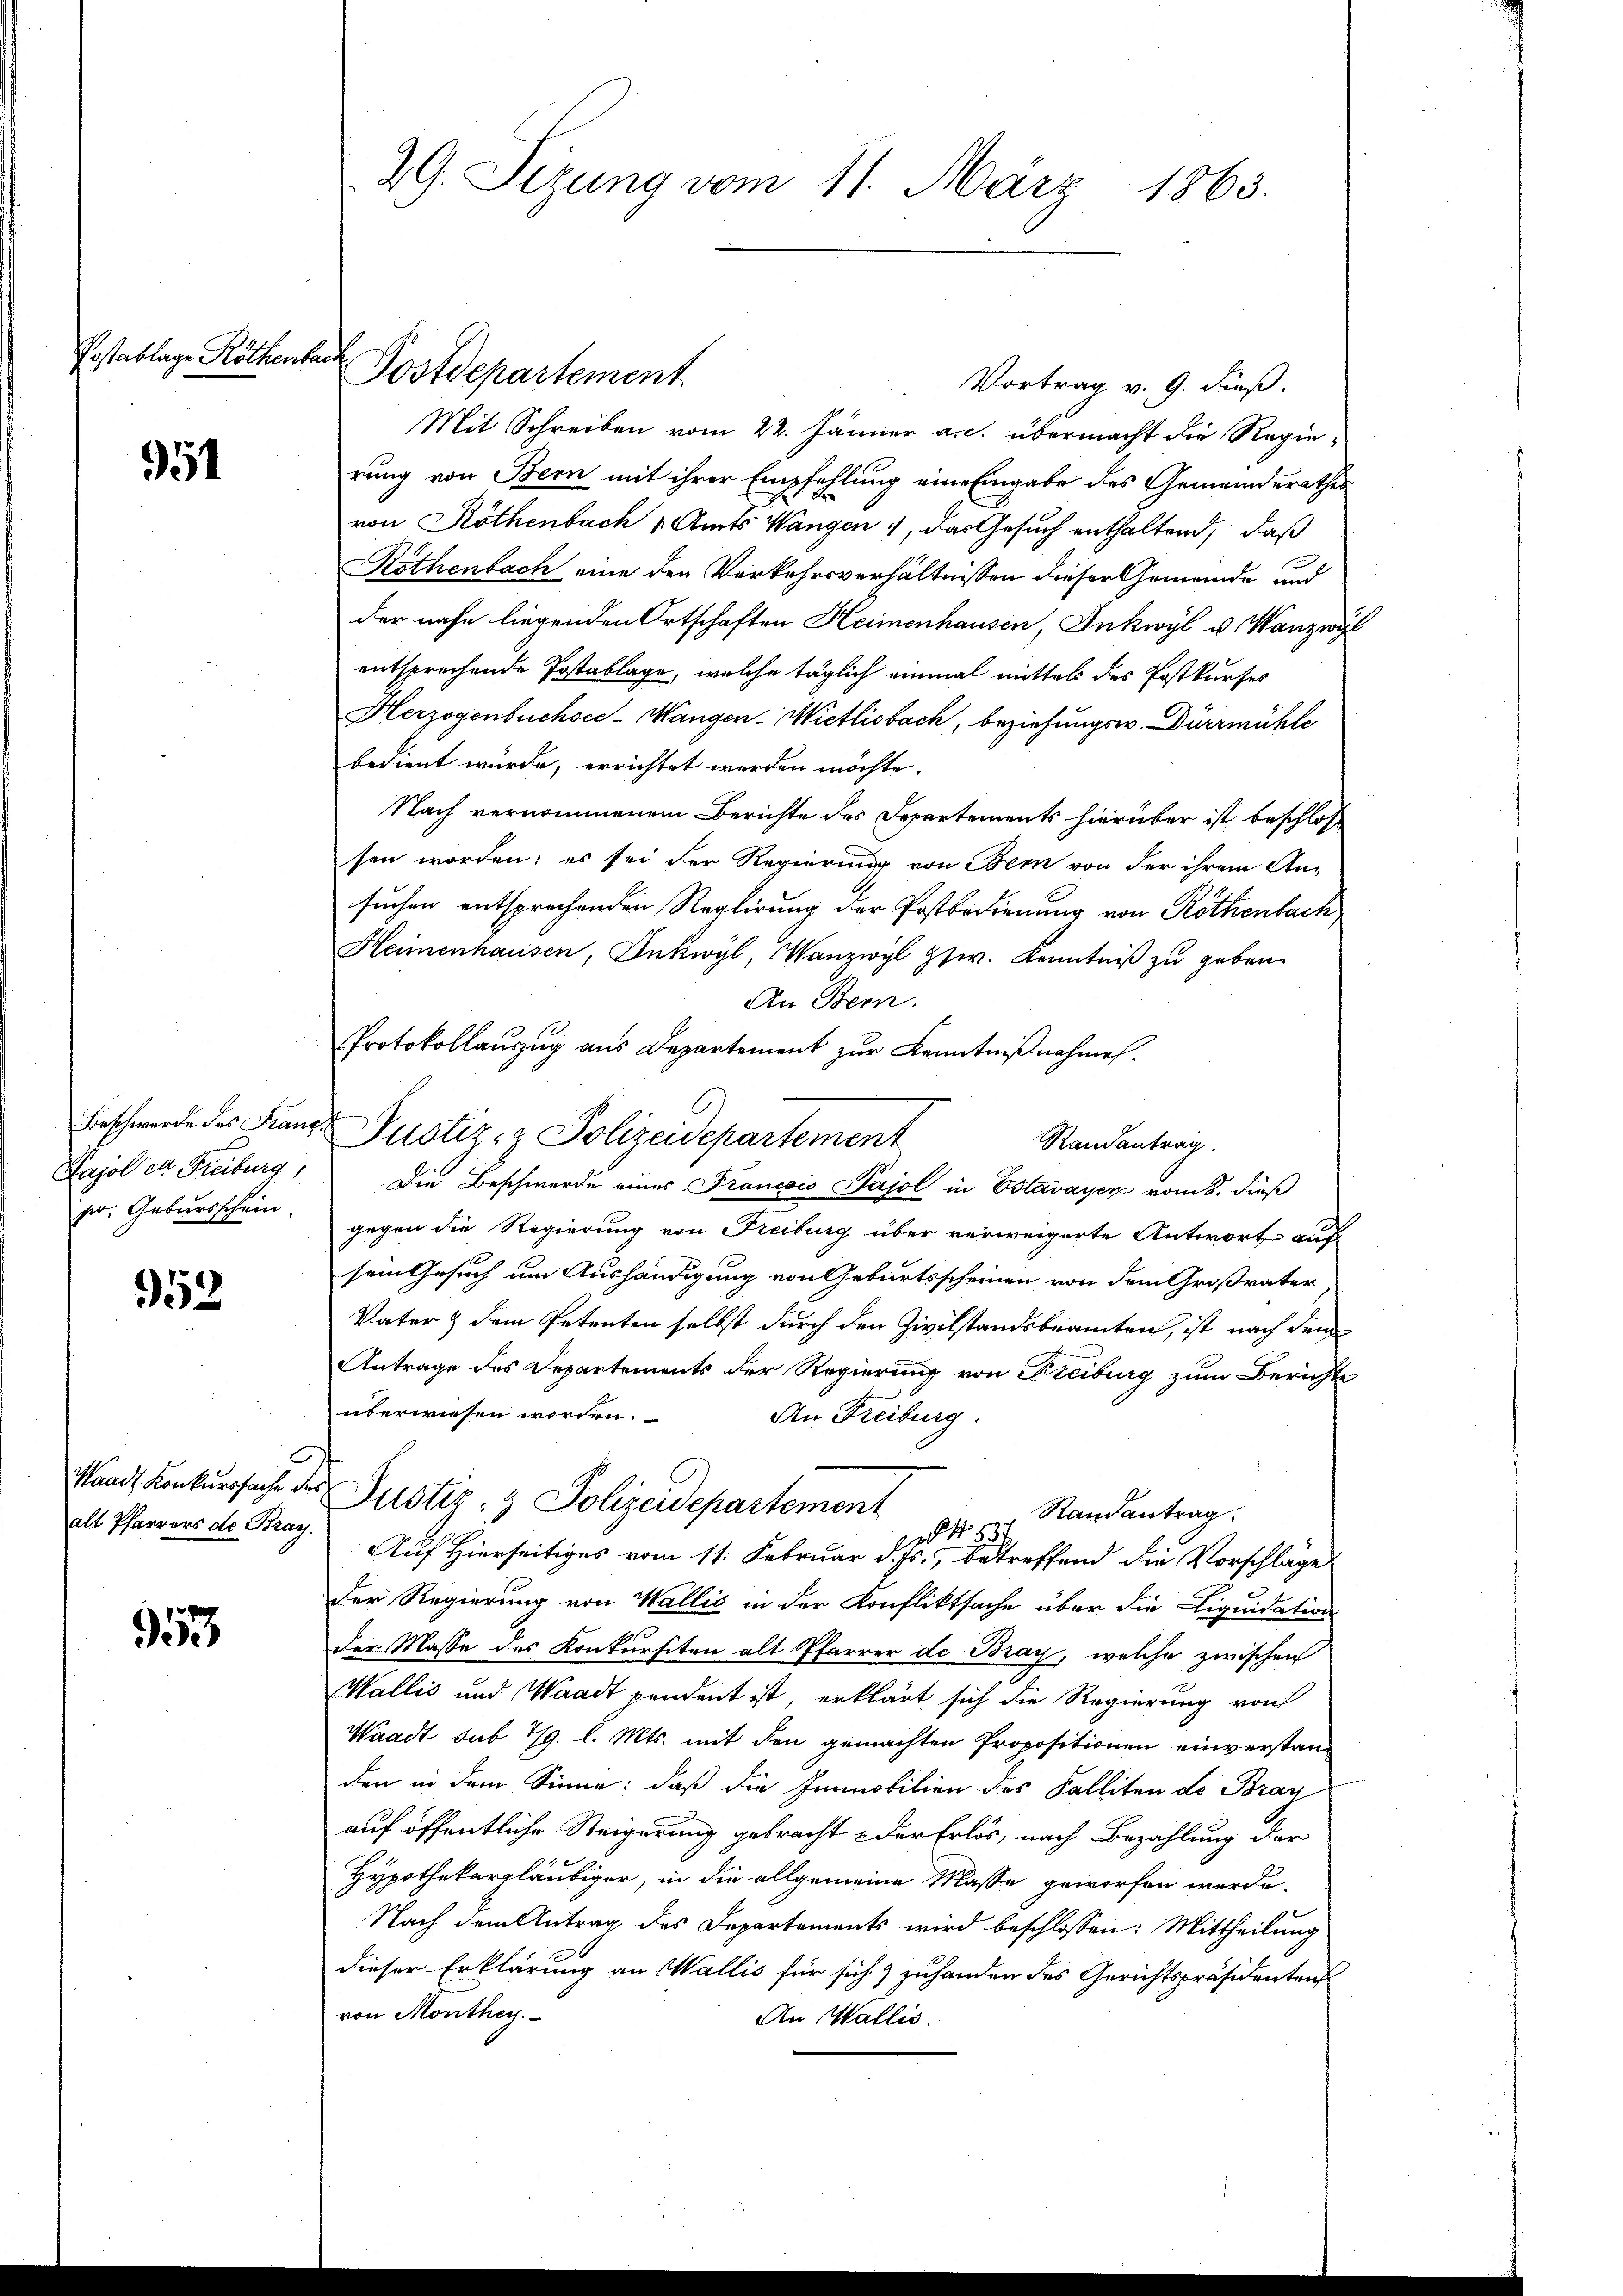
Postablage Röthenbach

951

952

Waadt Konkurssache der
alt Pfarrers de Bray.

353

Beschwerde des Franz¬
Pajol et Freiburg,
per, Gebursschein

Postdepartement
Vortrag v. 9. dieß.
Mit Schreiben vom 22. Jänner a. c. übermacht die Regierung von Bern mit ihrer Empfehlung eine Eingabe des Gemeinderathes
von Röthenbach Amts Wangen, das Gesuch enthaltend, daß
Röthenbach eine den Vorkehrsverhältnissen dieser Gemeinde und
der nahe liegenden Ortschaften Heimenhausen, Inkwyl u. Wanzwyl
entsprechende Postablage, welche täglich einmal mittels des Postkurses
Herzogenbüchsee-Mangen-Wietlisbach, beziehungsw. Dürrmühle
bedient wurde, errichtet werden möchte.
Nach vernommenem Berichte des Separtements hierüber ist beschlos
sen worden; es sei der Regierung von Bern von der ihrem An-
suchen entsprochenden Reglirung der Postbedienung von Röthenbach
Heimenhausen, Inkwyl, Wanzwyl zsw. Kenntniß zu geben.
An Bern.
Protokollauszug aus Departement zur Kenntnißnahmen.
Randantrag.
Die Beschwerde eines Francois Pajol in Ostavayer vom 8. Fuß
gegen die Regierung von Freiburg über verweigerte Antwort auf
sem Gesuch um Aushändigung von Geburtsscheinen von dem Großvater
Vater & dem Petenten selbst durch den Zivilstandsbeamten, ist nach dem
Antrage des Departements der Regierung von Freiburg zum Berichte
überwiesen worden.
An Freiburg.
d
Justiz- & Polizeidepartement
  Randantrag
Auf Hierseitiges vom 11. Februar d. Js. betreffend die Vorschlage
Der Regierung von Wallis in der Konfliktsache über die Liquidations-
der Masse des Konkursiten alt Pfarrer de Bray, welche zwischen
Wallis und Waadt pendent ist, erklärt sich die Regierung von
Waadt sub 7/9. l. Mts. mit den gemachten Propositionen einverstanden in dem Sinne: daß die Immobilien des Falliten de Bray
auf öffentliche Steigerung gebracht & der Erlös, nach Bezahlung der
Hypothekargläubiger, in die allgemeine Masse geworfen werde.
Nach dem Antrag des Departements wird beschlossen: Mittheilung
dieser Erklärung an Wallis für sich & zuhanden des Gerichtspräsidenten
von Monthey
An Wallis.

29. Sizung vom 11. März 1863.

Pustiz- & Polizeidepartement